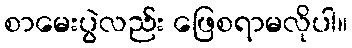
စာမေးပွဲလည်း ဖြေစရာမလိုပါ။